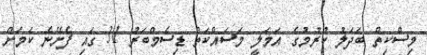
މިސްކިތް ބަދަލު ކުރުމުގެ އަމަލީ މަސައްކަތް ޑިސެމްބަރު 31 ގައި ފެށޭނެ ކަމަށް